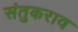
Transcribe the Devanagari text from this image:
संतुकराव